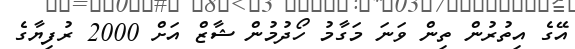
އޭގެ އިތުރުން ތިން ވަނަ މަގާމު ހޯދުމުން ޝާޒް އަށް 2000 ރުފިޔާގެ